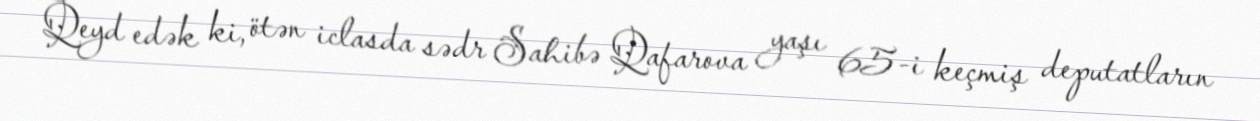
Qeyd edək ki, ötən iclasda sədr Sahibə Qafarova yaşı 65-i keçmiş deputatların